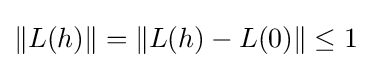
\|L(h)\|=\|L(h)-L(0)\|\leq 1